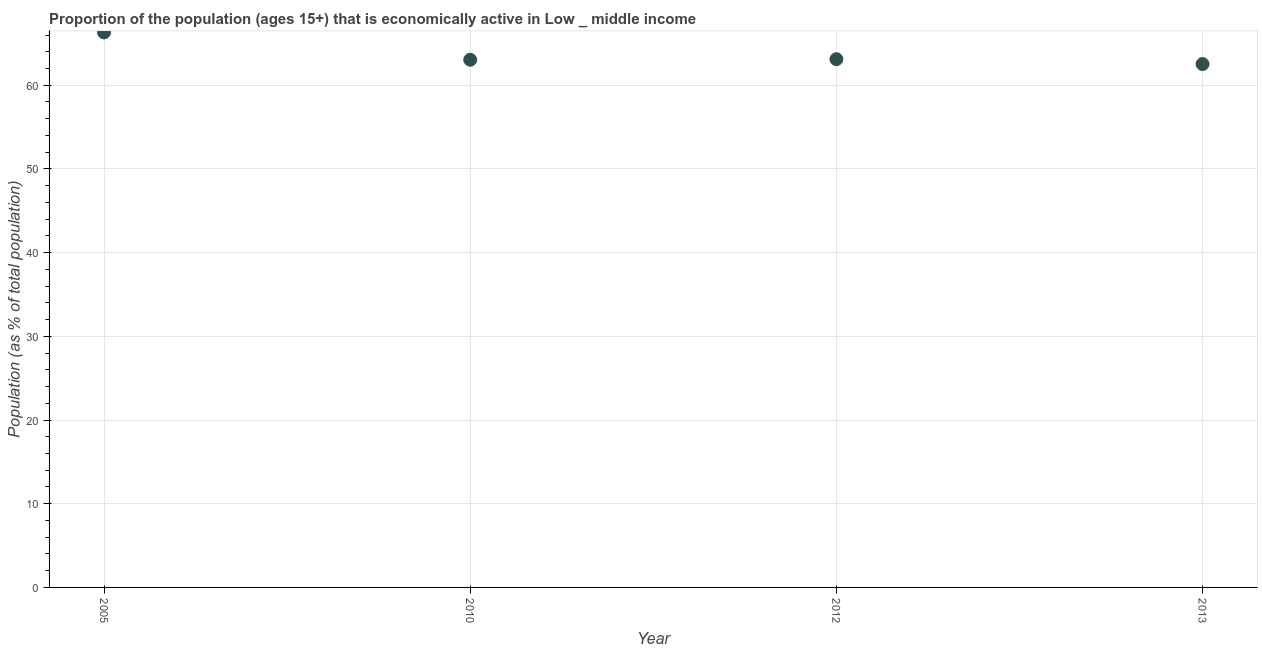
| Year | Labor force participation rate total |
 | --- | --- |
 | 2005 | 66.3 |
 | 2010 | 63 |
 | 2012 | 63.1 |
 | 2013 | 62.5 |